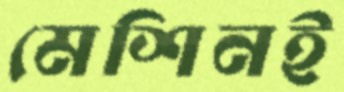
মেশিনই